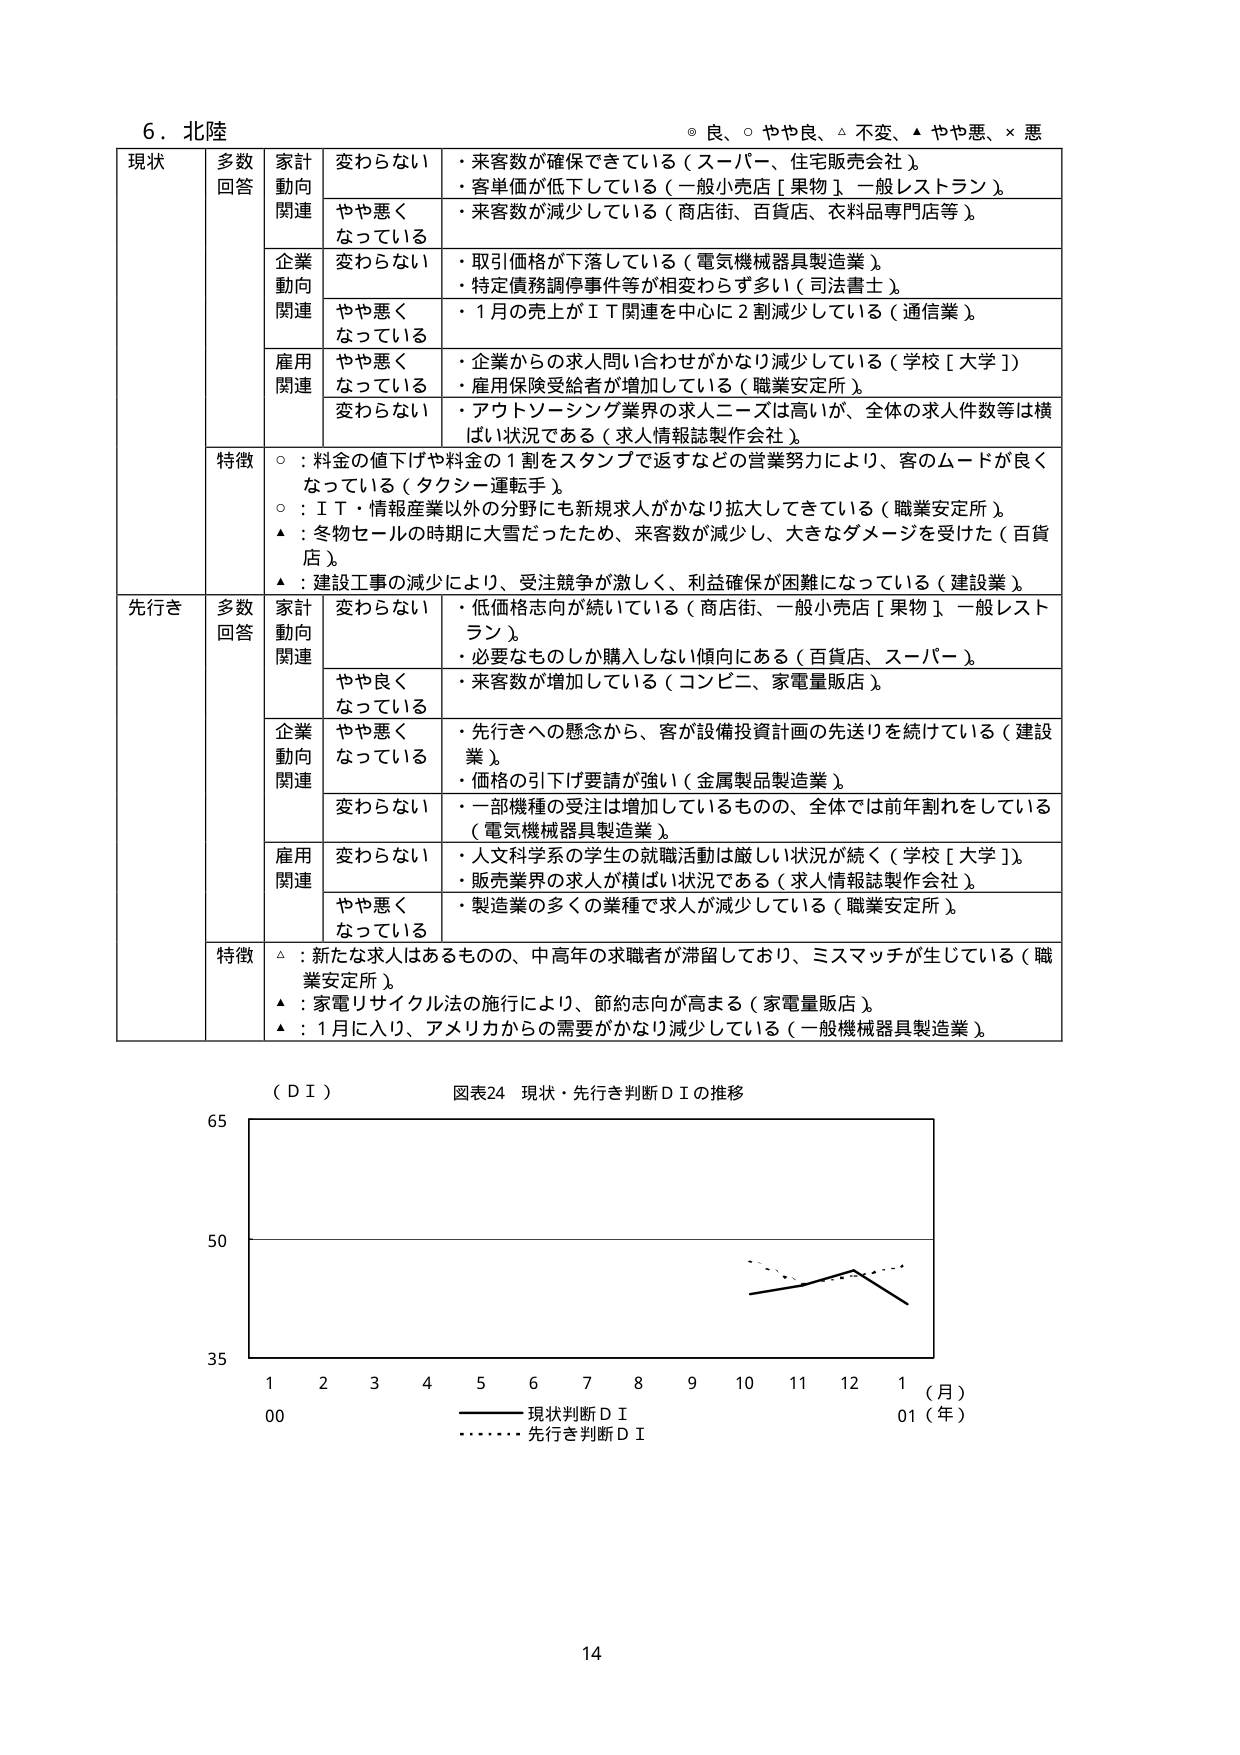
6. 北陸
◎ 良、○ やや良、△ 不変、▲ やや悪、× 悪

現状
多数回答
家計動向関連
変わらない
・来客数が確保できている（スーパー、住宅販売会社）。
・客単価が低下している（一般小売店［果物］、一般レストラン）。
やや悪くなっている
・来客数が減少している（商店街、百貨店、衣料品専門店等）。

企業動向関連
変わらない
・取引価格が下落している（電気機械器具製造業）。
・特定債務調停事件等が相変わらず多い（司法書士）。
やや悪くなっている
・1月の売上がＩＴ関連を中心に2割減少している（通信業）。

雇用関連
やや悪くなっている
・企業からの求人問い合わせがかなり減少している（学校［大学］）。
・雇用保険受給者が増加している（職業安定所）。
変わらない
・アウトソーシング業界の求人ニーズは高いが、全体の求人件数等は横ばい状況である（求人情報誌製作会社）。

特徴
○：料金の値下げや料金の1割をスタンプで返すなどの営業努力により、客のムードが良くなっている（タクシー運転手）。
○：ＩＴ・情報産業以外の分野にも新規求人がかなり拡大してきている（職業安定所）。
▲：冬物セールの時期に大雪だったため、来客数が減少し、大きなダメージを受けた（百貨店）。
▲：建設工事の減少により、受注競争が激しく、利益確保が困難になっている（建設業）。

先行き
多数回答
家計動向関連
変わらない
・低価格志向が続いている（商店街、一般小売店［果物］、一般レストラン）。
・必要なものしか購入しない傾向にある（百貨店、スーパー）。
やや良くなっている
・来客数が増加している（コンビニ、家電量販店）。

企業動向関連
やや悪くなっている
・先行きへの懸念から、客が設備投資計画の先送りを続けている（建設業）。
・価格の引下げ要請が強い（金属製品製造業）。
変わらない
・一部機種の受注は増加しているものの、全体では前年割れをしている（電気機械器具製造業）。

雇用関連
変わらない
・人文科学系の学生の就職活動は厳しい状況が続く（学校［大学］）。
・販売業界の求人が横ばい状況である（求人情報誌製作会社）。
やや悪くなっている
・製造業の多くの業種で求人が減少している（職業安定所）。

特徴
△：新たな求人はあるものの、中高年の求職者が滞留しており、ミスマッチが生じている（職業安定所）。
▲：家電リサイクル法の施行により、節約志向が高まる（家電量販店）。
▲：1月に入り、アメリカからの需要がかなり減少している（一般機械器具製造業）。

（ＤＩ）
図表24 現状・先行き判断ＤＩの推移

65
50
35
1 2 3 4 5 6 7 8 9 10 11 12 1（月）
00 01（年）
―――― 現状判断ＤＩ
……… 先行き判断ＤＩ

14